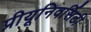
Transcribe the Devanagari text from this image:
प्रीयूनिवर्सिटी